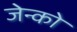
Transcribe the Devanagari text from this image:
जेन्को